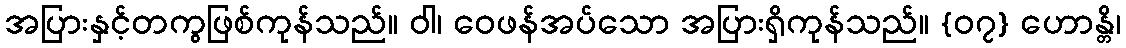
အပြားနှင့်တကွဖြစ်ကုန်သည်။ ဝါ၊ ဝေဖန်အပ်သော အပြားရှိကုန်သည်။ {၀၇} ဟောန္တိ၊